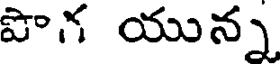
పొగ యున్న